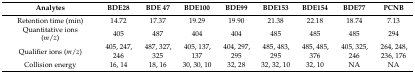
<table><thead><tr><td><b>Analytes</b></td><td><b>BDE28</b></td><td><b>BDE 47</b></td><td><b>BDE100</b></td><td><b>BDE99</b></td><td><b>BDE153</b></td><td><b>BDE154</b></td><td><b>BDE77</b></td><td><b>PCNB</b></td></tr></thead><tbody><tr><td>Retention time (min)</td><td>14.72</td><td>17.37</td><td>19.29</td><td>19.90</td><td>21.38</td><td>22.18</td><td>18.74</td><td>7.13</td></tr><tr><td>Quantitative ions (<i>m</i>/<i>z</i>)</td><td>405</td><td>487</td><td>404</td><td>404</td><td>485</td><td>485</td><td>485</td><td>294</td></tr><tr><td>Qualifier ions (<i>m</i>/<i>z</i>)</td><td>405, 247, 246</td><td>487, 327, 325</td><td>405, 137, 137</td><td>404, 297, 295</td><td>485, 483, 295</td><td>485, 485, 376</td><td>405, 325, 246</td><td>264, 248, 236, 176</td></tr><tr><td>Collision energy</td><td>16, 14</td><td>18, 16</td><td>30, 30, 10</td><td>32, 28</td><td>32, 32, 10</td><td>32, 10</td><td>NA</td><td>NA</td></tr></tbody></table>